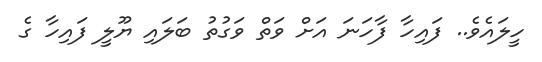
ހީލައެވެ.. ފައިހާ ފާހަނަ އަށް ވަތް ވަގުތު ބަލައި ޔޫލީ ފައިހާ ގެ